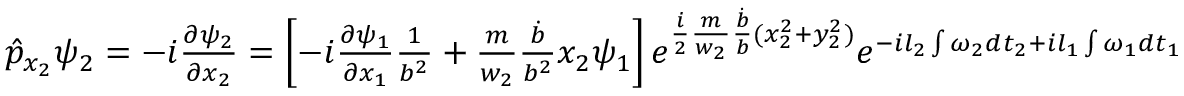
\begin{array} { r } { \hat { p } _ { x _ { 2 } } \psi _ { 2 } = - i \frac { \partial \psi _ { 2 } } { \partial x _ { 2 } } = \left[ - i \frac { \partial \psi _ { 1 } } { \partial x _ { 1 } } \frac { 1 } { b ^ { 2 } } + \frac { m } { w _ { 2 } } \frac { \dot { b } } { b ^ { 2 } } x _ { 2 } \psi _ { 1 } \right] e ^ { \frac { i } { 2 } \frac { m } { w _ { 2 } } \frac { \dot { b } } { b } ( x _ { 2 } ^ { 2 } + y _ { 2 } ^ { 2 } ) } e ^ { - i l _ { 2 } \int \omega _ { 2 } d t _ { 2 } + i l _ { 1 } \int \omega _ { 1 } d t _ { 1 } } } \end{array}